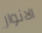
الانوار